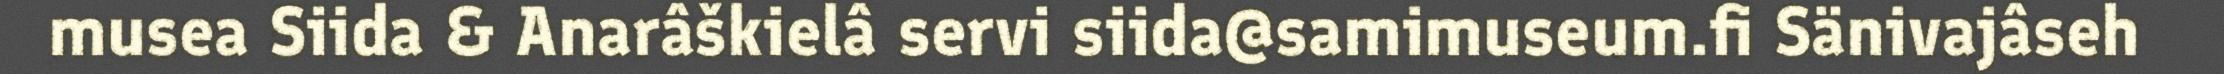
musea Siida & Anarâškielâ servi siida@samimuseum.fi Sänivajâseh